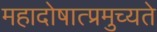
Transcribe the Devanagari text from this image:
महादोषात्प्रमुच्यते